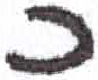
אות: כ